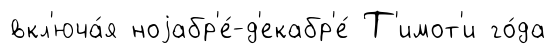
вкл'юча́я ноjабр'е́-д'екабр'е́ Т'имот'и го́да